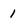
Character: 1